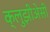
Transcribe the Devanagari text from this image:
क्लुझीअेसी